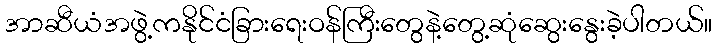
အာဆီယံအဖွဲ့ကနိုင်ငံခြားရေးဝန်ကြီးတွေနဲ့တွေ့ဆုံဆွေးနွေးခဲ့ပါတယ်။